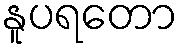
နူပရတော